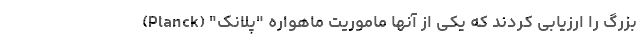
بزرگ را ارزیابی کردند که یکی از آنها ماموریت ماهواره "پلانک" (Planck)